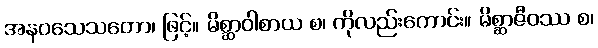
အနဝသေသတော၊ ဖြင့်။ မိစ္ဆာဝါစာယ စ၊ ကိုလည်းကောင်း။ မိစ္ဆာဇီဝဿ စ၊